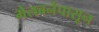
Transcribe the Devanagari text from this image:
मेलबर्नपासून